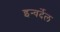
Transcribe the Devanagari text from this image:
इन्वर्देल